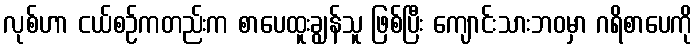
လုစ်ဟာ ငယ်စဉ်ကတည်းက စာပေထူးချွန်သူ ဖြစ်ပြီး ကျောင်းသားဘဝမှာ ဂရိစာပေကို